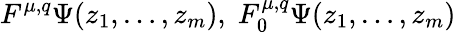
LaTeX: F^{\mu,q}\Psi(z_{1},\ldots,z_{m}),\; F_{0}^{\mu,q}\Psi(z_{1},\ldots,z_{m})